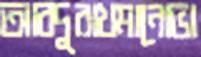
আবদুরাখমানোভা